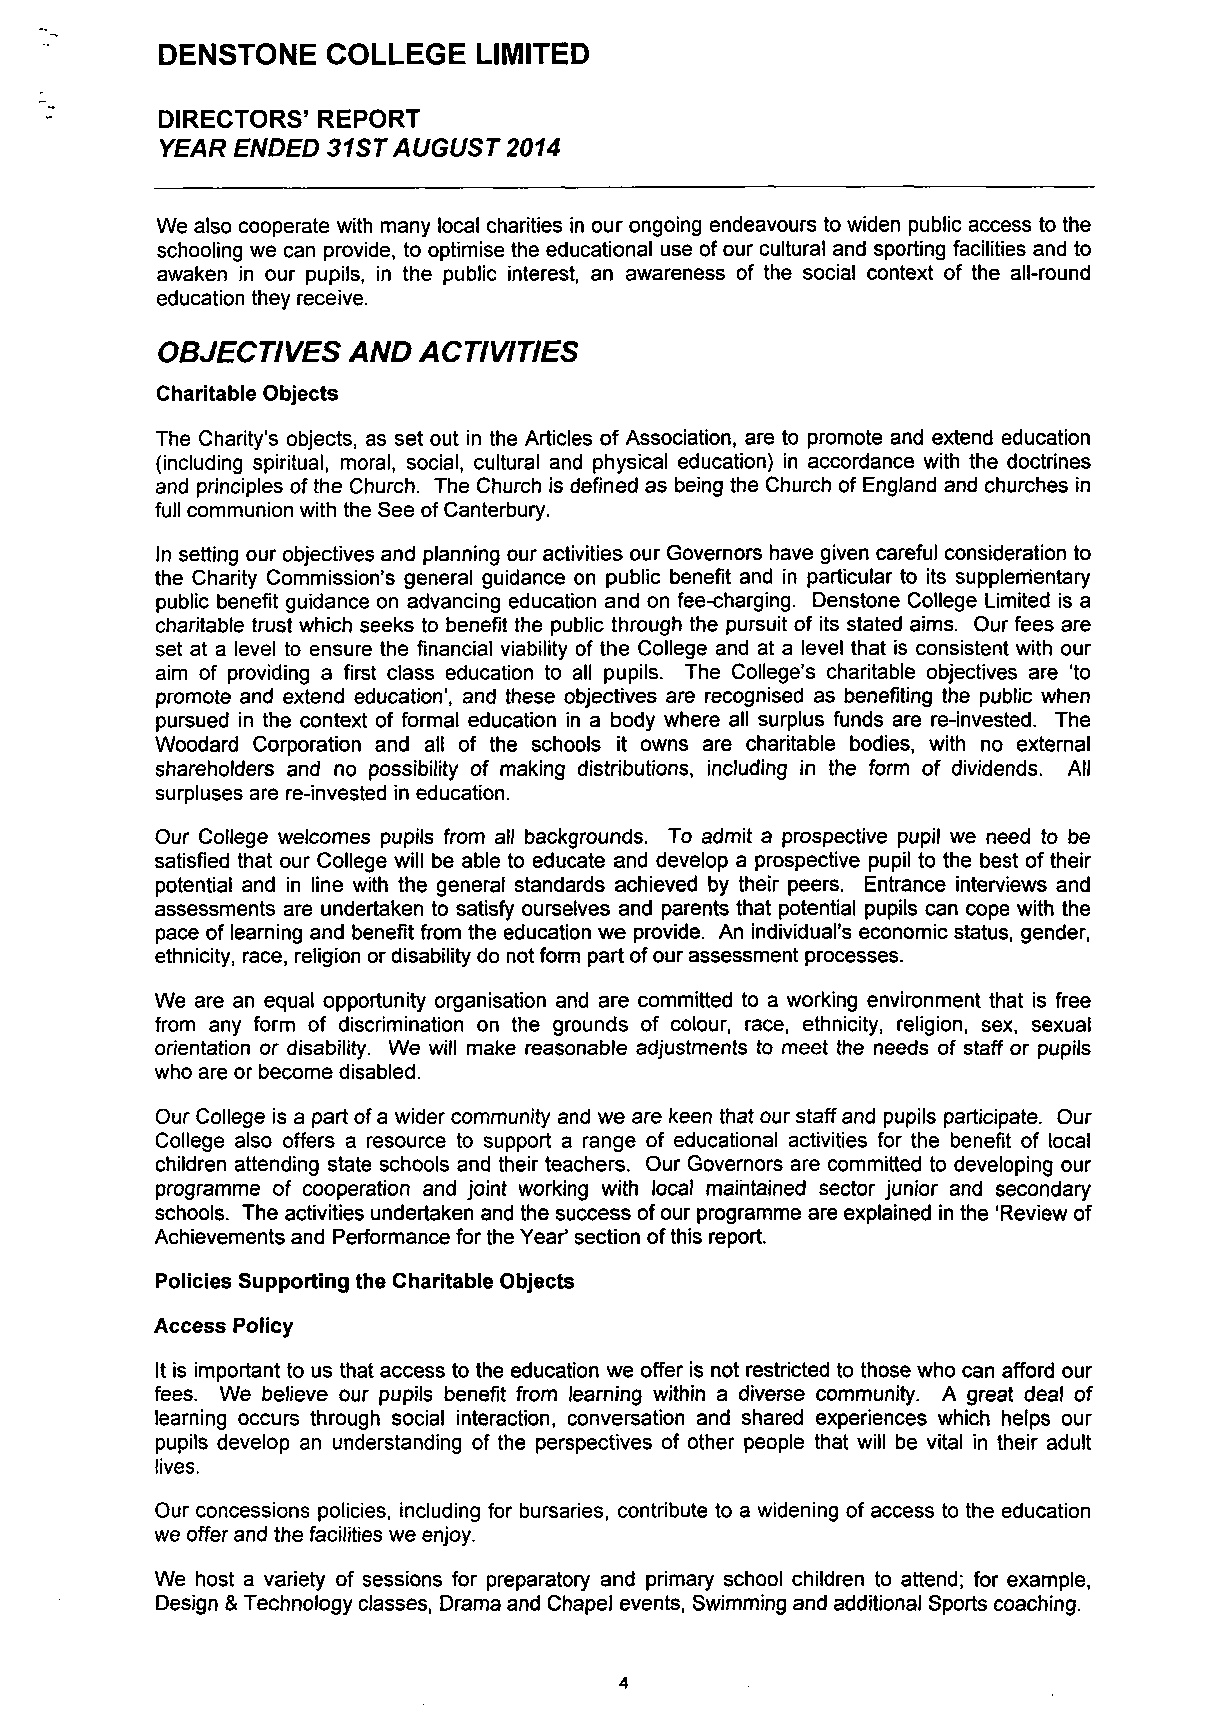
DENSTONE    COLLEGE  LIMITED
 DIRECTORS' REPORT
 YEAR ENDED 31 ST AUGUST 2014
 We also cooperate with many local charities in our ongoing endeavours to widen public access to the
 schooling we can provide, to optimise the educational use of our cultural and sporting facilities and to
 awaken in our pupils, in the public interest, an awareness of the social context of the all-round
 education they receive.
 OBJECTIVES   AND  ACTIVITIES
 Charitable Objects
 The Charity's objects, as set out in the Articles of Association, are to promote and extend education
 (including spiritual, moral, social, cultural and physical education) in accordance with the doctrines
 and principles of the Church. The Church is defined as being the Church of England and churches in
 full communion with the See of Canterbury.
 In setting our objectives and planning our activities our Governors have given careful consideration to
 the Charity Commission's general guidance on public benefit and in particular to its supplementary
 public benefit guidance on advancing education and on fee-charging. Denstone College Limited is a
 charitable trust which seeks to benefit the public through the pursuit of its stated aims. Our fees are
 set at a level to ensure the financial viability of the College and at a level that is consistent with our
 aim of providing a first class education to all pupils. The College's charitable objectives are 'to
 promote and extend education', and these objectives are recognised as benefiting the public when
 pursued in the context of formal education in a body where all surplus funds are re-invested. The
 Woodard Corporation and all of the schools it owns are charitable bodies, with no external
 shareholders and no possibility of making distributions, including in the form of dividends. All
 surpluses are re-invested in education.
 Our College welcomes pupils from all backgrounds. To admit a prospective pupil we need to be
 satisfied that our College will be able to educate and develop a prospective pupil to the best of their
 potential and in line with the general standards achieved by their peers. Entrance interviews and
 assessments are undertaken to satisfy ourselves and parents that potential pupils can cope with the
 pace of learning and benefit from the education we provide. An individual's economic status, gender,
 ethnicity, race, religion or disability do not form part of our assessment processes.
 We are an equal opportunity organisation and are committed to a working environment that is free
 from any form of discrimination on the grounds of colour, race, ethnicity, religion, sex, sexual
 orientation or disability. We will make reasonable adjustments to meet the needs of staff or pupils
 who are or become disabled.
 Our College is a part of a wider community and we are keen that our staff and pupils participate. Our
 College also offers a resource to support a range of educational activities for the benefit of local
 children attending state schools and their teachers. Our Governors are committed to developing our
 programme of cooperation and joint working with local maintained sector junior and secondary
 schools. The activities undertaken and the success of our programme are explained in the 'Review of
 Achievements and Performance for the Year* section of this report.
 Policies Supporting the Charitable Objects
 Access Policy
 It is important to us that access to the education we offer is not restricted to those who can afford our
 fees. We believe our pupils benefit from learning within a diverse community. A great deal of
 learning occurs through social interaction, conversation and shared experiences which helps our
 pupils develop an understanding of the perspectives of other people that will be vital in their adult
 lives.
 Our concessions policies, including for bursaries, contribute to a widening of access to the education
 we offer and the facilities we enjoy.
 We host a variety of sessions for preparatory and primary school children to attend; for example,
 Design & Technology classes, Drama and Chapel events, Swimming and additional Sports coaching.
 4